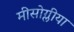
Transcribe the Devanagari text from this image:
मीसोग्लीया